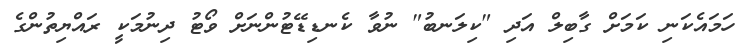
ހަމައެކަނި ކަމަށް ގާބިލް އަދި "ކިލަނބު" ނުވާ ކެނޑިޑޭޓުންނަށް ވޯޓު ދިނުމަކީ ރައްޔިތުންގެ